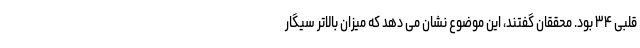
قلبی ۳۴ بود. محققان گفتند، این موضوع نشان می دهد که میزان بالاتر سیگار